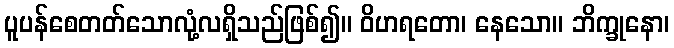
ပူပန်စေတတ်သောလုံ့လရှိသည်ဖြစ်၍။ ဝိဟရတော၊ နေသော။ ဘိက္ခုနော၊